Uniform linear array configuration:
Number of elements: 12
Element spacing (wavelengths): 0.75
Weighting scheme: hamming
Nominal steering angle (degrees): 15
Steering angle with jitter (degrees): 15.531
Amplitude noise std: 0.05
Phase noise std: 0.05

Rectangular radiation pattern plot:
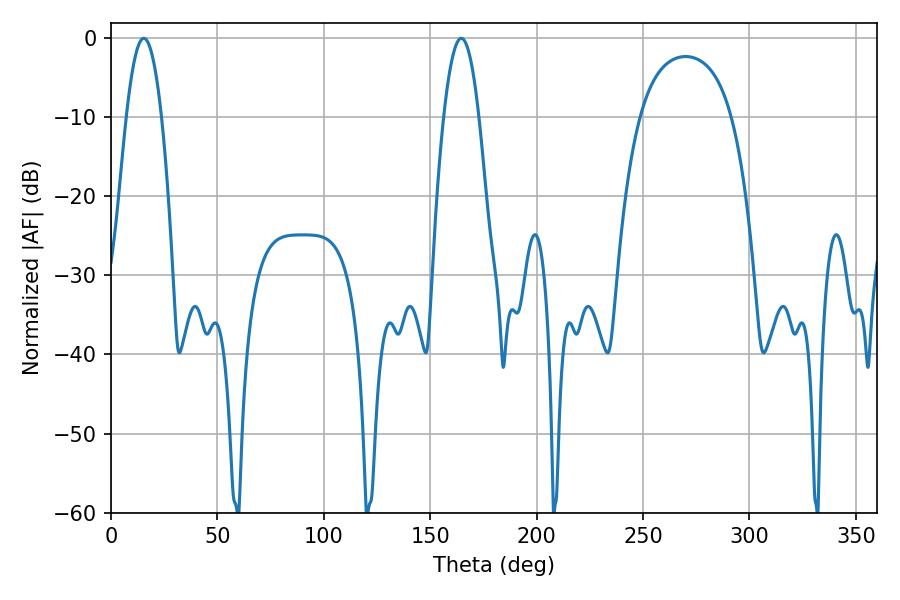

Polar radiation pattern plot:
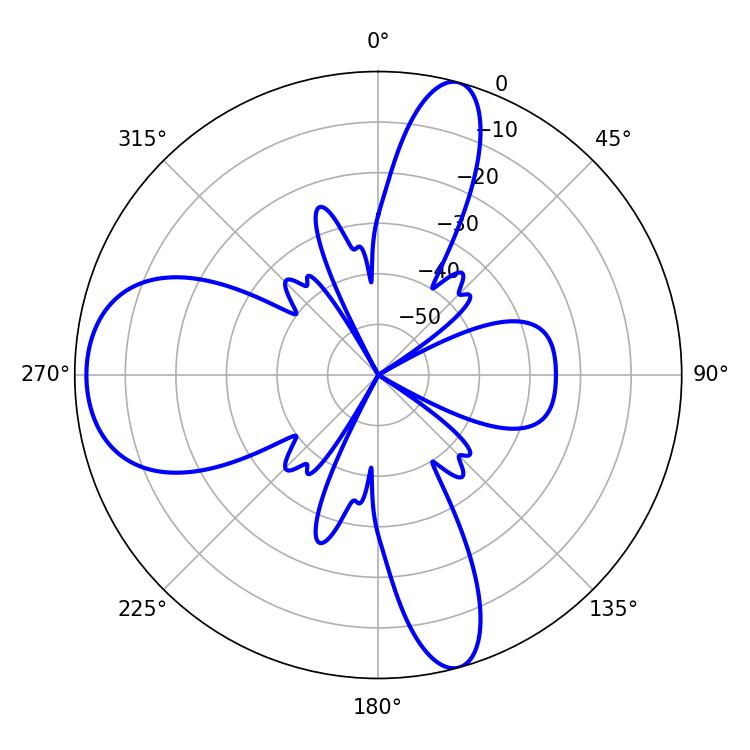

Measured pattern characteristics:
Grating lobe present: TRUE
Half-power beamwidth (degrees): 9
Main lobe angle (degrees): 15.48